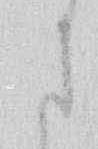
さ